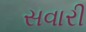
સવારી